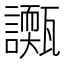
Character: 𧭌